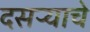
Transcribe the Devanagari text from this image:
दसऱ्याचे